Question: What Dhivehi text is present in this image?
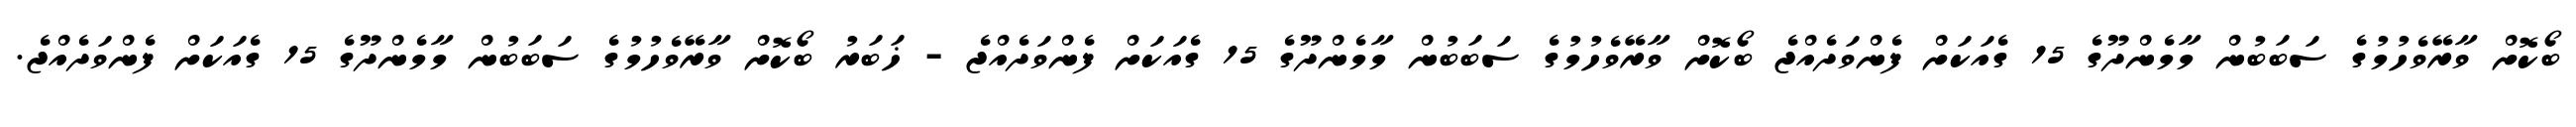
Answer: ބޯކޮށް ވާރޭވެހުމުގެ ސަބަބުން މާމެންދޫގެ 15 ގެއަކަށް ފެންވަދެއްޖެ ބޯކޮށް ވާރޭވެހުމުގެ ސަބަބުން މާމެންދޫގެ 15 ގެއަކަށް ފެންވަދެއްޖެ - ޚަބަރު ބޯކޮށް ވާރޭވެހުމުގެ ސަބަބުން މާމެންދޫގެ 15 ގެއަކަށް ފެންވަދެއްޖެ.